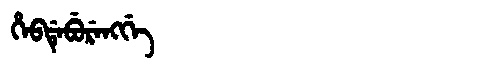
Manchu: ᡥᡝᠪᡩᡝᠪᡠᡵᡝᠩᡤᡝ
Romanization: HEBDEBURENGGE